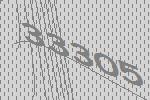
33305